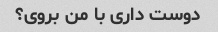
دوست داری با من بروی؟